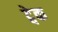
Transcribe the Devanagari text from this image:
ट्वेक